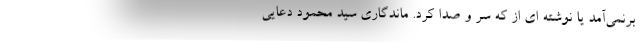
برنمی‌آمد یا نوشته ای از که سر و صدا کرد. ماندگاری سید محمود دعایی